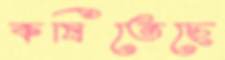
কষিতেছে